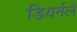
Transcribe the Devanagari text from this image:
डियर्नले